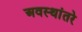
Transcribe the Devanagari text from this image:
अवस्थांतरे